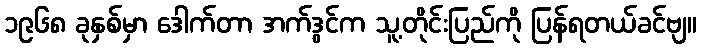
၁၉၆၈ ခုနှစ်မှာ ဒေါက်တာ အက်ဒွင်က သူ့တိုင်းပြည်ကို ပြန်ရတယ်ခင်ဗျ။